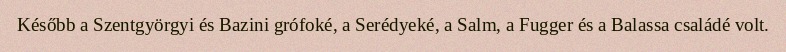
Később a Szentgyörgyi és Bazini grófoké, a Serédyeké, a Salm, a Fugger és a Balassa családé volt.